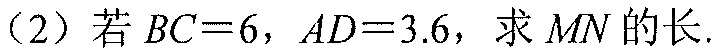
（2）若\(BC = 6\)，\(AD = 3.6\)，求\(MN\)的长.